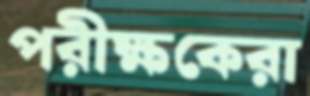
পরীক্ষকেরা